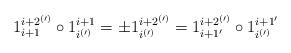
LaTeX: \begin{align*}1_{i+1}^{i+2^{(\prime)}}\circ 1_{i^{(\prime)}}^{i+1}= \pm1_{i^{(\prime)}}^{i+2^{(\prime)}}= 1_{i+1'}^{i+2^{(\prime)}}\circ 1_{i^{(\prime)}}^{i+1'}\end{align*}